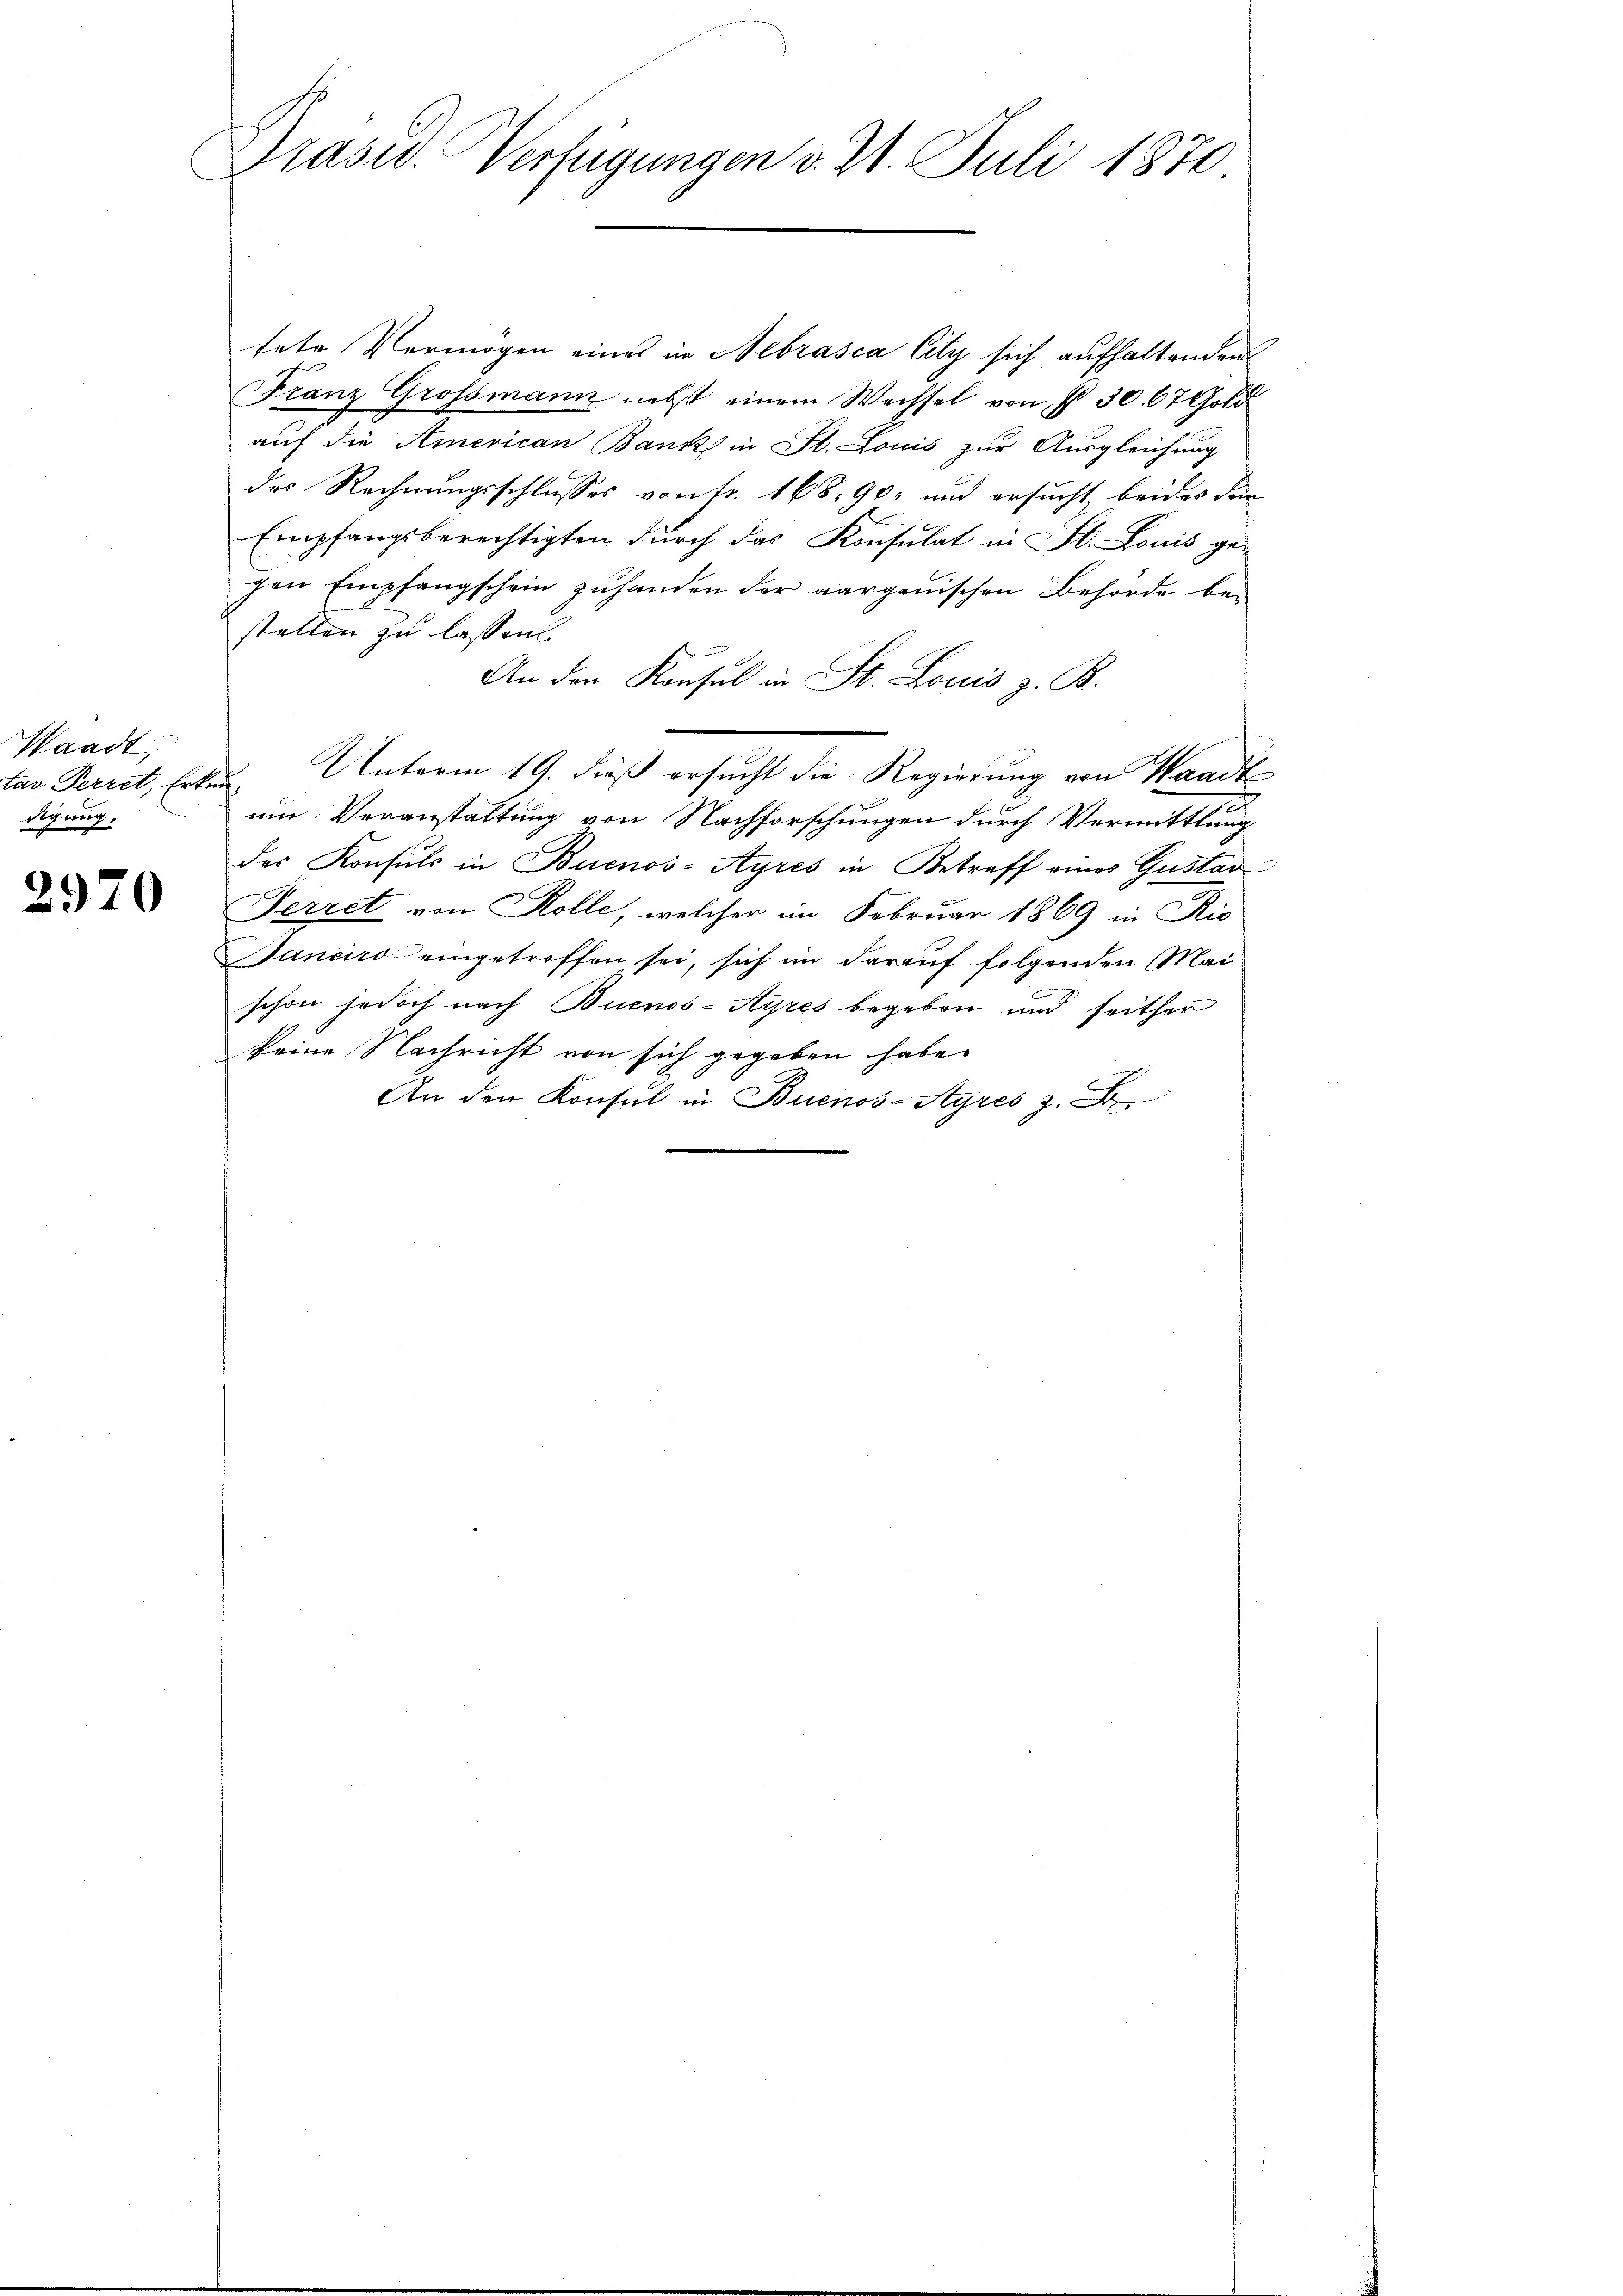
Waadt,
tan Perret, Erk.
digung.

2970

Präsid. Verfügungen v. 21. Juli 1870

tete Vermögen eines in Hebrasca City sich aufhaltenden
Franz Grossmann nebst einem Wechsel von § 30. 67 Gold
auf die American Bank in St. Louis zur Ausgleichung
des Rechnungsschlusses von Fr. 168, 90, und ersucht beides den
Empfangsberechtigten durch das Konsulat in St. Louis ge-
gen Empfangschein zuhanden der aargauischen Behörde bestellen zu lassen.
An den Konsul in St. Louis z. B.
Unterm 19. dieß ersucht die Regierung von Waadt
u
um Veranstaltung von Nachforschungen durch Vermittlung
das Konsuls in Buenos-Ayres in Betreff eines Gustav
Ferret von Kolle, welcher im Februar 1869 in Ric
Janeiro eingetroffen sei, sich im darauf folgenden Maischon jedoch nach Buenos-Ayres begeben und seither
keine Nachricht von sich gegeben habe.
An den Konsul in Buenos-Ayres z. B.